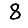
Digit: 8